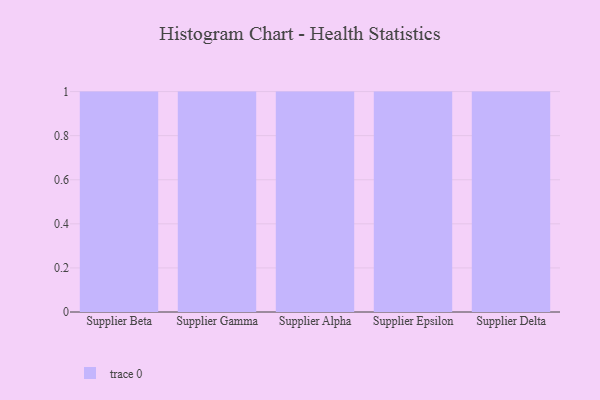
{"axis": {"x": "Supplier", "y": "Energy Usage (MWh)"}, "legend": [""], "data": [{"x": "Supplier Beta", "y": 26, "type": ""}, {"x": "Supplier Gamma", "y": 32, "type": ""}, {"x": "Supplier Alpha", "y": 71, "type": ""}, {"x": "Supplier Epsilon", "y": 80, "type": ""}, {"x": "Supplier Delta", "y": 70, "type": ""}]}